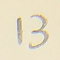
13